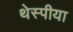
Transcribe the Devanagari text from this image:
थेस्पीया